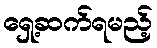
ရှေ့ဆက်ရမည့်